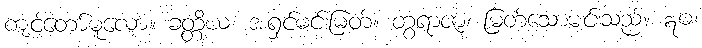
ကျင့်တော်မူလော။ ခတ္တိယ၊ အရှင်မင်းမြတ်။ တွံရာဇာ၊ မြတ်သောမင်းသည်။ ဣဓ၊